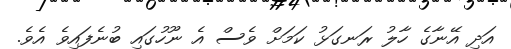
އަދި އޭނާގެ ހާލު ރަނގަޅު ކަމަށް ވެސް އެ ނޫހުގައި ބުނެފައިވެ އެވެ.